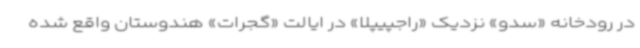
در رودخانه «سدو» نزدیک «راجپیپلا» در ایالت «گجرات» هندوستان واقع شده